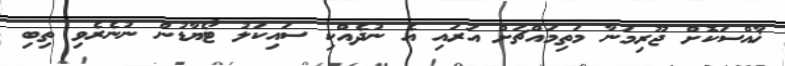
ޚާއްސަކޮށް ޖޫރިމަނާ މަތިމައްޗަށް އަރައި އެ ނުދެއްކި ސައިކަލު ޓޯޔާޑުން ނުނެރެވި ތިބި